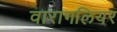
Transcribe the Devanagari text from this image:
वारागलियर